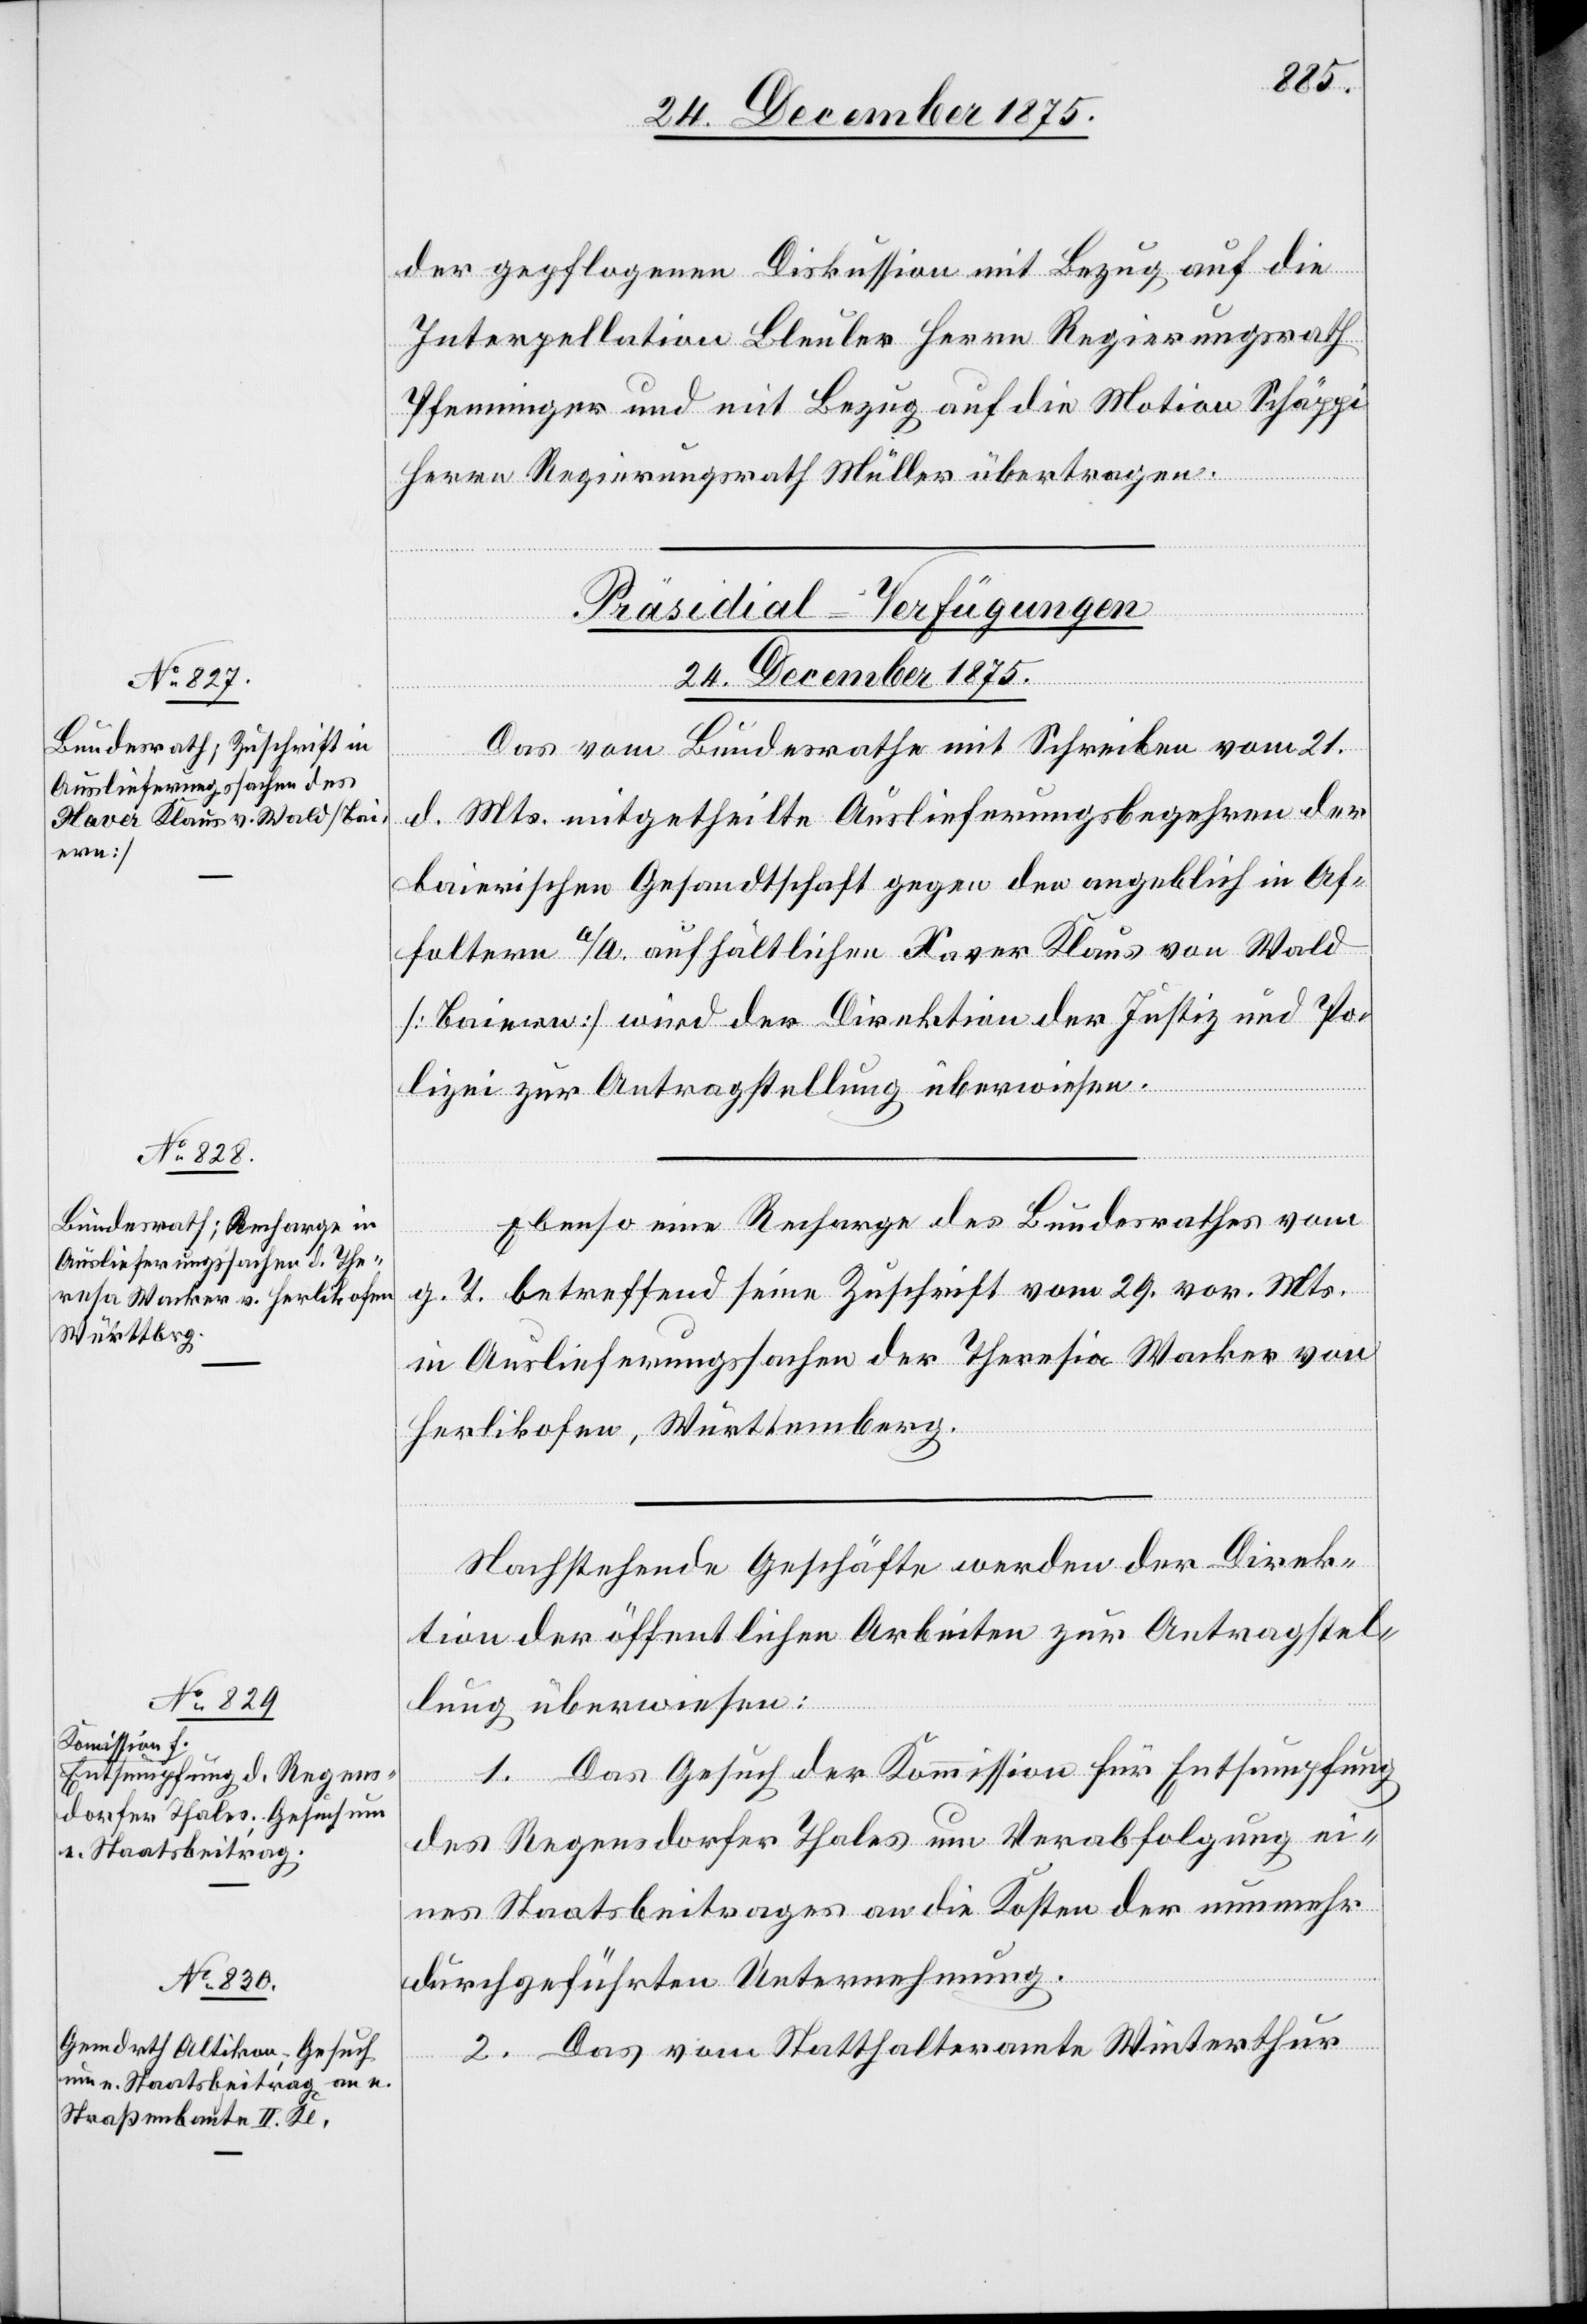
der gepflogenen Diskussion mit Bezug auf die
Interpellation Bleuler Herrn Regierungsrath
Pfenninger und mit Bezug auf die Motion Schäppi
Herrn Regierungsrath Müller übertragen.
[Präsidial-Verfügungen
24. December 1875.]
Das vom Bundesrathe mit Schreiben vom 21.
d. Mts. mitgetheilte Auslieferungsbegehren der
baierischen Gesandtschaft gegen den angeblich in Af¬
foltern a/A. aufhältlichen Xaver Klaus von Wald
[Baiern] wird der Direktion der Justiz und Po¬
lizei zur Antragstellung überwiesen.
Ebenso eine Recharge des Bundesrathes vom
g. T. betreffend seine Zuschrift vom 29. vor. Mts.
in Auslieferungssachen der Theresia [sic!] Wacker von
Herlikofen, Württemberg.
Nachstehende Geschäfte werden der Direk¬
tion der öffentlichen Arbeiten zur Antragstel¬
lung überwiesen:
1. Das Gesuch der Kommission für Entsumpfung
des Regensdorfer Thales um Verabfolgung ei¬
nes Staatsbeitrages an die Kosten der nunmehr
durchgeführten Unternehmung.
2. Das vom Statthalteramte Winterthur